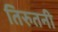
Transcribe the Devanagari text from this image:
तिरुतनी